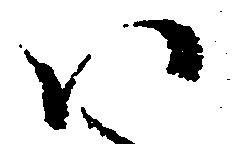
い